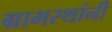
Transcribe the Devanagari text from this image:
ग्रामस्‍थांनी